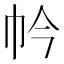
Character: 𢁮